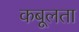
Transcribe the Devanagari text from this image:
कबूलता